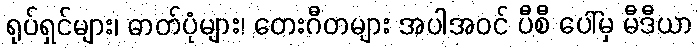
ရုပ်ရှင်များ၊ ဓာတ်ပုံများ၊ တေးဂီတများ အပါအဝင် ပီစီ ပေါ်မှ မီဒီယာ